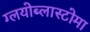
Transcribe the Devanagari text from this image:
ग्लयोब्लास्टोमा